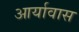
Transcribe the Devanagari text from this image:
आर्यावास